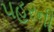
પહરની